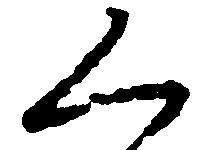
く